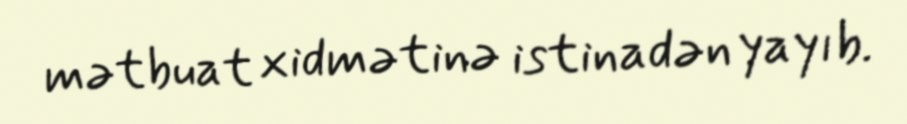
mətbuat xidmətinə istinadən yayıb.